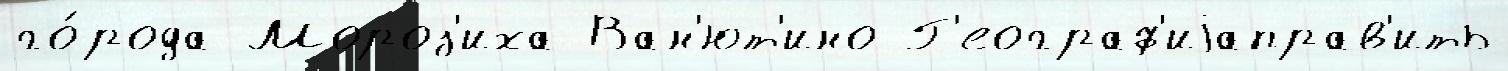
го́рода Мороз'иха Ван'ют'ино Г'еограф'иjаправ'ить